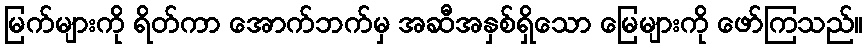
မြက်များကို ရိတ်ကာ အောက်ဘက်မှ အဆီအနှစ်ရှိသော မြေများကို ဖော်ကြသည်။